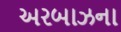
અરબાઝના